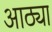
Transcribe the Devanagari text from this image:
आठ्या